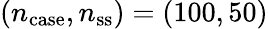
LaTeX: (n_{\mathrm{case}},n_{\mathrm{ss}})=(100,50)